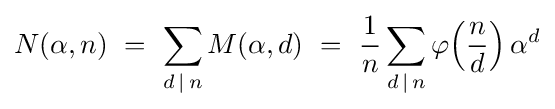
N(\alpha ,n)\ =\ \sum _{d\,|\,n}M(\alpha ,d)\ =\ {\frac {1}{n}}\sum _{d\,|\,n}\varphi \!\left({n \over d}\right)\alpha ^{d}